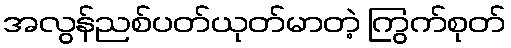
အလွန်ညစ်ပတ်ယုတ်မာတဲ့ ကြွက်စုတ်